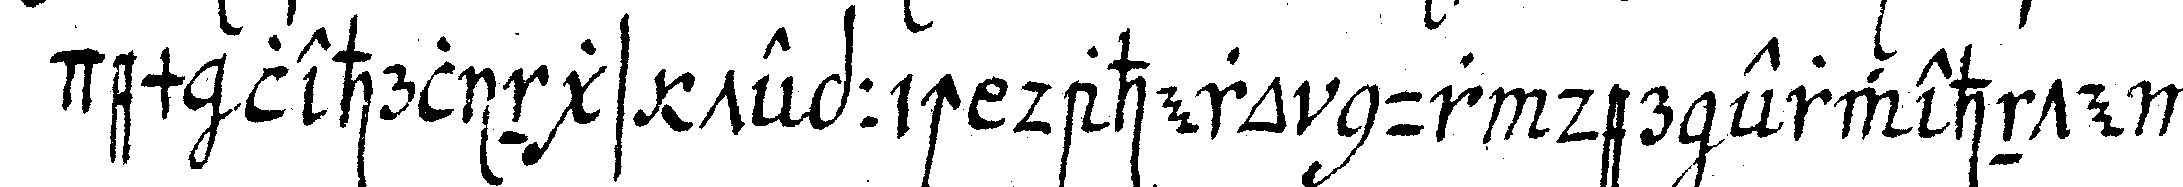
dem lehrlings teppich dahero nur der erwehnte